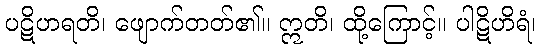
ပဋိဟရတိ၊ ဖျောက်တတ်၏။ ဣတိ၊ ထို့ကြောင့်။ ပါဋိဟိရံ၊